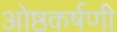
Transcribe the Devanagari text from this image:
ओष्ठकर्षणी